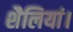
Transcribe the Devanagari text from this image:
शैलियां।